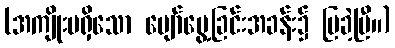
(အကျိုးမရှိသော ပျော်မွေ့ခြင်းအခန်း၌ ပြခဲ့ပြီ။)